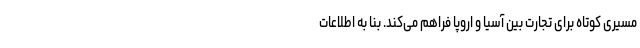
مسیری کوتاه برای تجارت بین آسیا و اروپا فراهم می‌کند. بنا به اطلاعات